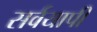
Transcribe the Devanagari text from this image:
सर्वयापी